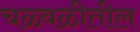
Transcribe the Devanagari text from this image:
चळ्वळीतील